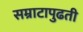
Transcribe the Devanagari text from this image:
सम्राटापुढती